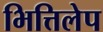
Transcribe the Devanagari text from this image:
भित्तिलेप